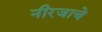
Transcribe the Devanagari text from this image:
नीरजाचे